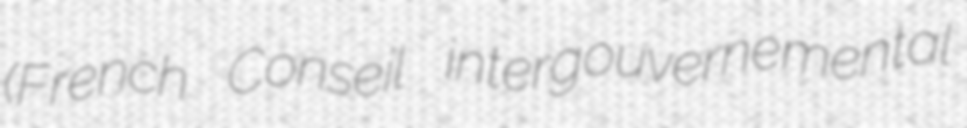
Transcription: (French Conseil intergouvernemental